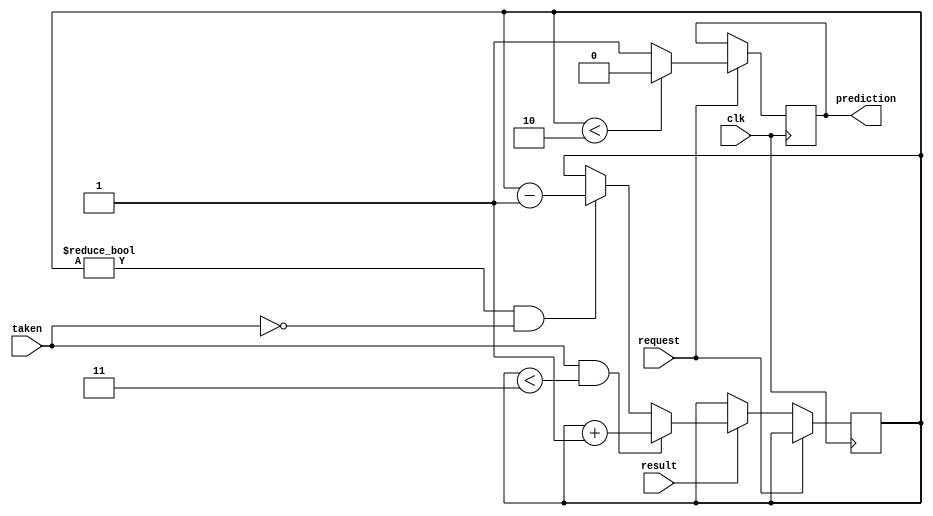
module predictor(input wire request, result, clk, taken, output reg prediction);

  reg [1:0] str_conter = 2'd3;
  always @(posedge clk) begin
    if (request)begin
      if (str_conter <2'd2)begin
        prediction = 0;
      end
      else begin 
        prediction = 1;
      end
    end
    else
      begin
        if(result)begin
          if(taken && str_conter < 2'd3)begin
            str_conter <=str_conter +1;
          end
          else if(str_conter != 2'd0 && !taken)
            begin
              str_conter <=str_conter -1;
            end
        end
      end
    end

endmodule